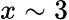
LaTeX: x\sim 3